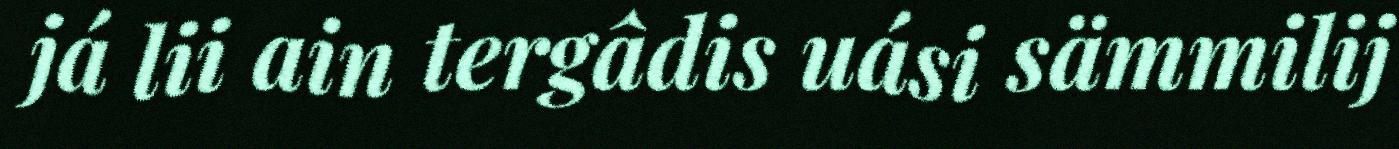
já lii ain tergâdis uási sämmilij